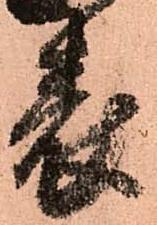
表